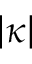
| \kappa |